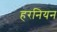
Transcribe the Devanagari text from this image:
हरनियन